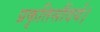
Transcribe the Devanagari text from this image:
प्रकृतिसौंदर्य।